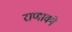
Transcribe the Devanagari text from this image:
राणाको